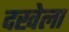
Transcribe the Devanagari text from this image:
दखेला